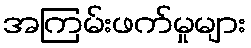
အကြမ်းဖက်မှုများ